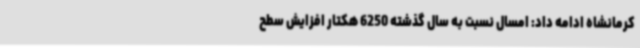
کرمانشاه ادامه داد: امسال نسبت به سال گذشته 6250 هکتار افزایش سطح